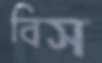
বিস